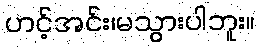
ဟင့်အင်း၊မသွားပါဘူး။